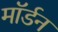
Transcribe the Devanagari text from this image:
माॅर्डन